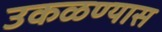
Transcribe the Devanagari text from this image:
उकळण्यास